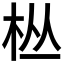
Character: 𱣉